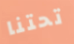
تحتنا